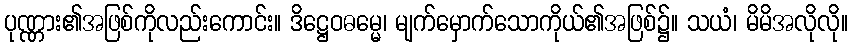
ပုဏ္ဏား၏အဖြစ်ကိုလည်းကောင်း။ ဒိဋ္ဌေဝဓမ္မေ၊ မျက်မှောက်သောကိုယ်၏အဖြစ်၌။ သယံ၊ မိမိအလိုလို။